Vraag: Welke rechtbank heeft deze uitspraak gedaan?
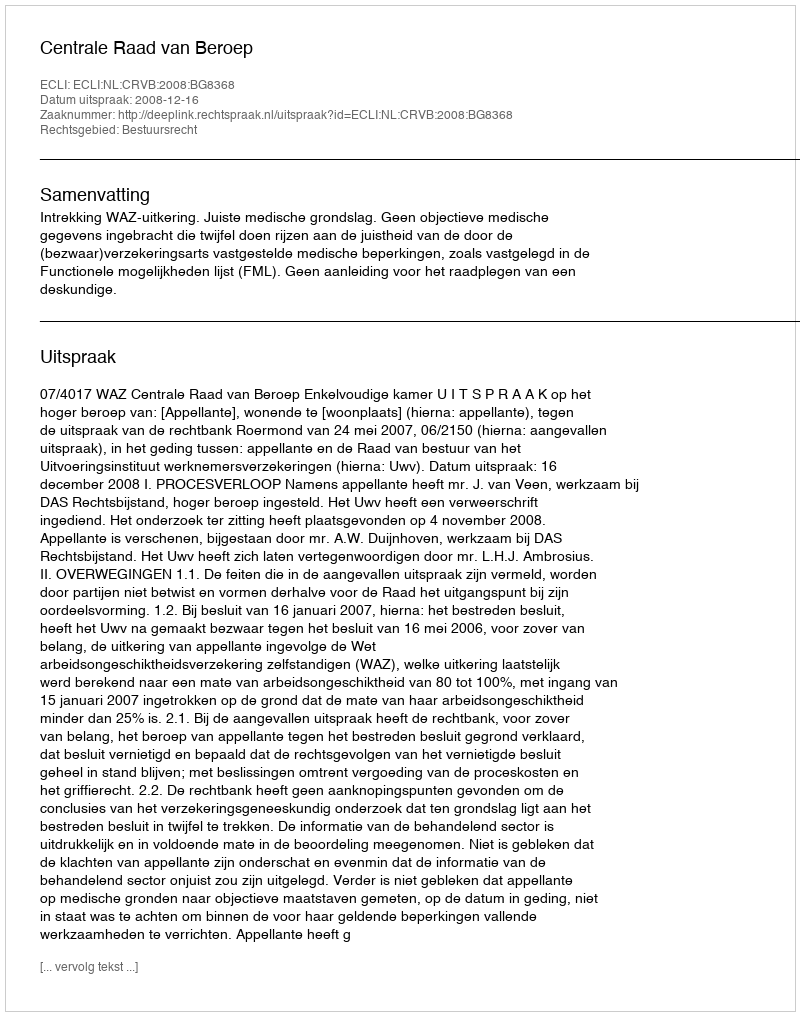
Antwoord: Centrale Raad van Beroep